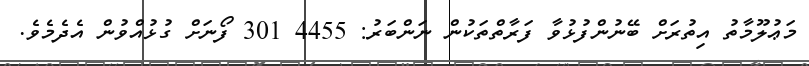
މަޢުލޫމާތު އިތުރަށް ބޭނުންފުޅުވާ ފަރާތްތަކުން ނަންބަރު: 4455 301 ފޯނަށް ގުޅުއްވުން އެދެމެވެ.